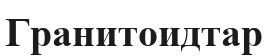
Гранитоидтар